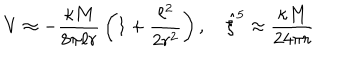
LaTeX: V \approx - { \frac { \kappa M } { 8 \pi \ell r } } \left( 1 + { \frac { \ell ^ { 2 } } { 2 r ^ { 2 } } } \right) , \quad \hat { \xi } ^ { 5 } \approx { \frac { \kappa M } { 2 4 \pi r } }